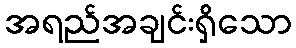
အရည်အချင်းရှိသော